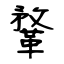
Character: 鞪